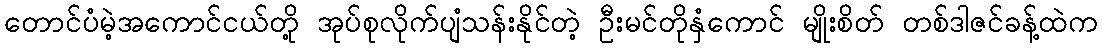
တောင်ပံမဲ့အကောင်ငယ်တို့ အုပ်စုလိုက်ပျံသန်းနိုင်တဲ့ ဦးမင်တိုနှံကောင် မျိုးစိတ် တစ်ဒါဇင်ခန့်ထဲက